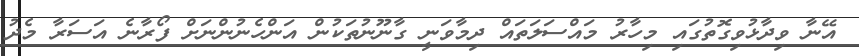
އޭނާ ވިދާޅުވިގޮތުގައި މިހާރު މައްސަލަތައް ދިމާވަނީ ގާނޫނުތަކުން އަންހެނުންނަށް ފޯރާނެ އަސަރާ މެދު